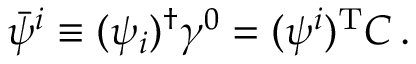
\bar { \psi } ^ { i } \equiv ( \psi _ { i } ) ^ { \dagger } \gamma ^ { 0 } = ( \psi ^ { i } ) ^ { \mathrm { T } } C \, .